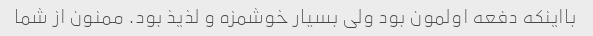
بااینکه دفعه اولمون بود ولی بسیار خوشمزه و لذیذ بود. ممنون از شما